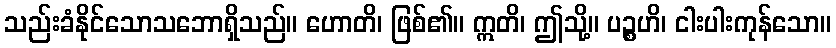
သည်းခံနိုင်သောသဘောရှိသည်။ ဟောတိ၊ ဖြစ်၏။ ဣတိ၊ ဤသို့။ ပဉ္စဟိ၊ ငါးပါးကုန်သော။